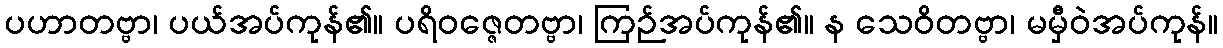
ပဟာတဗ္ဗာ၊ ပယ်အပ်ကုန်၏။ ပရိဝဇ္ဇေတဗ္ဗာ၊ ကြဉ်အပ်ကုန်၏။ န သေဝိတဗ္ဗာ၊ မမှီဝဲအပ်ကုန်။